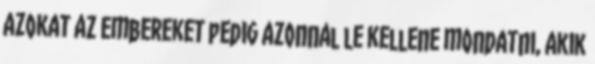
azokat az embereket pedig azonnal le kellene mondatni, akik